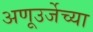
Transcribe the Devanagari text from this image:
अणूउर्जेच्या